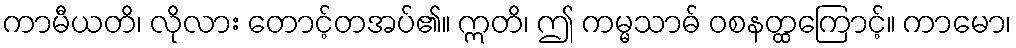
ကာမီယတိ၊ လိုလား တောင့်တအပ်၏။ ဣတိ၊ ဤ ကမ္မသာဓ် ဝစနတ္ထကြောင့်။ ကာမော၊